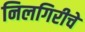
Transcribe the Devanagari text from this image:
निलगिरीचे